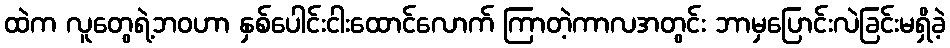
ထဲက လူတွေရဲ့ဘဝဟာ နှစ်ပေါင်းငါးထောင်လောက် ကြာတဲ့ကာလအတွင်း ဘာမှပြောင်းလဲခြင်းမရှိခဲ့